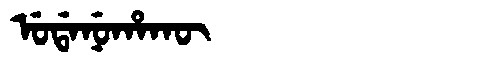
Manchu: ᡠᡩᠠᠨᡠᡥᠠᡴᡡ
Romanization: UDANUHAKŪ